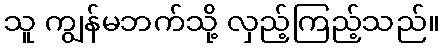
သူ ကျွန်မဘက်သို့ လှည့်ကြည့်သည်။